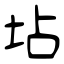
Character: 坫